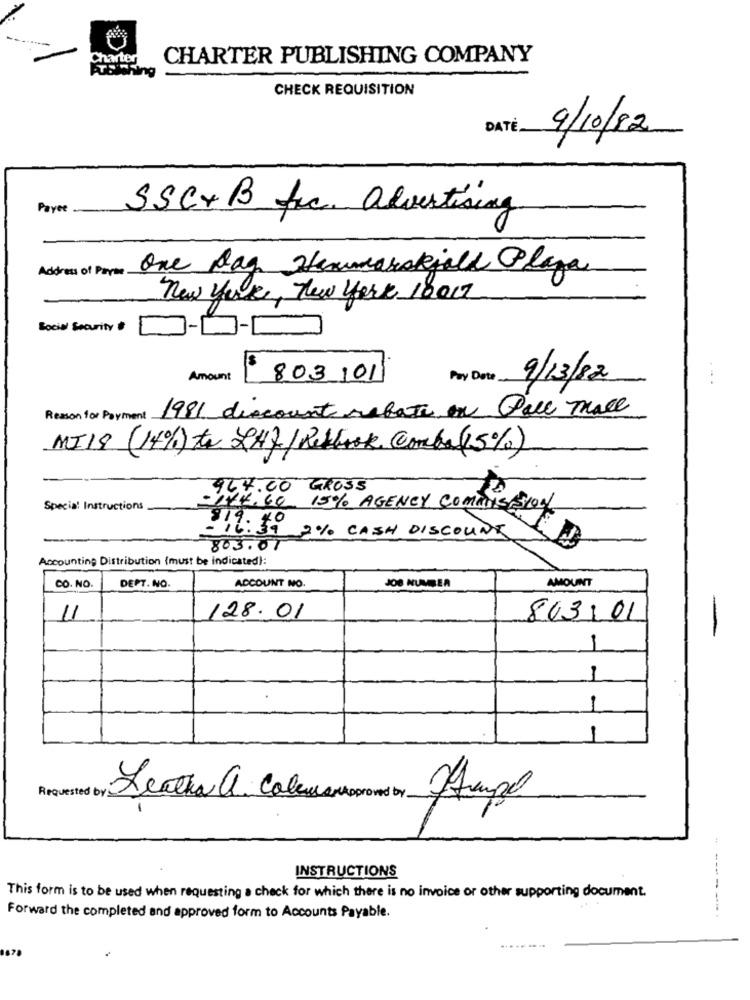
Charter
CHARTER PUBLISHING COMPANY
CHECK REQUISITION
DATÉ.
9/10/82
Payee
SSC+ B fc advertising
Address of Payse.
One Dag Hammarskjald Plaza
new York, New york 18017
Social Security
7-1
Amount
803 1011
Pay Date.
9/13/82
.. .
1981 discount rebate on Pall mall
Reason for Payment.
MI19 (14%) to RHf/Redbook Comba (15%)
964.00 GROSS
Special Instructions
-144:40 15% AGENCY CommisesLog
-11:39 2% CASH DISCOUNT
803.01
Accounting Distribution (must be indicated):
CO. NO.
DEPT. NO.
ACCOUNT NO.
AMOUNT
11
128. 01
863:01
-
1
1
1
Requested by
Lentha a. Calculamosproved by
Ampel
INSTRUCTIONS
----
This form is to be used when requesting a check for which there is no invoice or other supporting document.
Forward the completed and approved form to Accounts Payable.
......